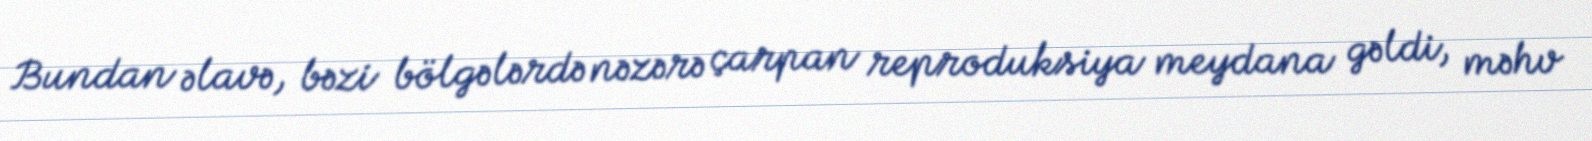
Bundan əlavə, bəzi bölgələrdə nəzərə çarpan reproduksiya meydana gəldi, məhv